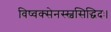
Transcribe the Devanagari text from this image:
विष्वक्सेनस्स्वसिद्धिदः।